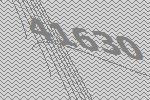
41630